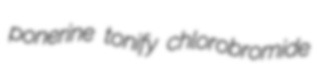
ponerine tonify chlorobromide